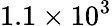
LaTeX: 1.1\times 10^{3}